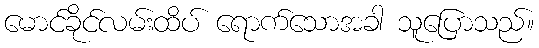
မောင်ခိုင်လမ်းထိပ် ရောက်သောအခါ သူပြောသည်။